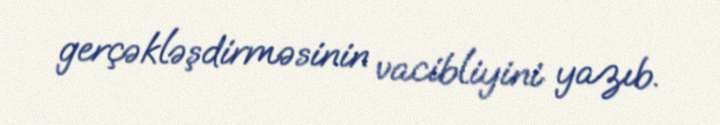
gerçəkləşdirməsinin vacibliyini yazıb.